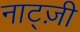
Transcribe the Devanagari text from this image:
नाट्ज़ी